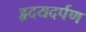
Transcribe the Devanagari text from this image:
हृदयदर्पण